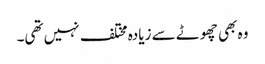
وہ بھی چھوٹے سے زیادہ مختلف نہیں تھی۔